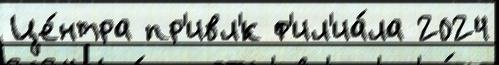
Це́нтра пр'ивл'́к ф'ил'иа́ла 2024